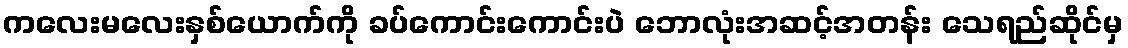
ကလေးမလေးနှစ်ယောက်ကို ခပ်ကောင်းကောင်းပဲ ဘောလုံးအဆင့်အတန်း သေရည်ဆိုင်မှ